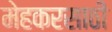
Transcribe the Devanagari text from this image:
मेहकरसाठी